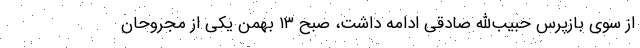
از سوی بازپرس حبیب‌الله صادقی ادامه داشت، صبح ۱۳ بهمن یکی از مجروحان